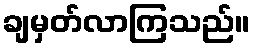
ချမှတ်လာကြသည်။